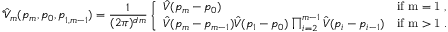
\hat { \mathcal { V } } _ { m } ( p _ { m } , p _ { 0 } , \boldsymbol { p } _ { 1 , m - 1 } ) = \frac { 1 } { ( 2 \pi ) ^ { d m } } \left\{ \begin{array} { l l } { \hat { V } ( p _ { m } - p _ { 0 } ) } & { \mathrm { i f ~ m = 1 ~ , } } \\ { \hat { V } ( p _ { m } - p _ { m - 1 } ) \hat { V } ( p _ { 1 } - p _ { 0 } ) \prod _ { i = 2 } ^ { m - 1 } \hat { V } ( p _ { i } - p _ { i - 1 } ) } & { \mathrm { i f ~ m > 1 ~ . } } \end{array} \right.